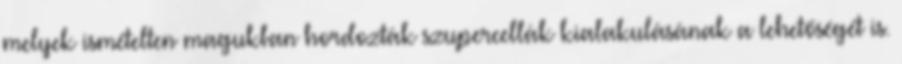
melyek ismételten magukban hordozták szupercellák kialakulásának a lehetőségét is.